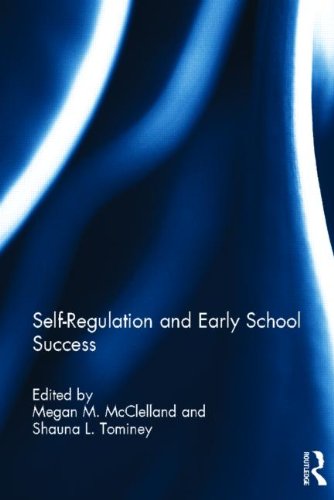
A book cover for Self-Regulation and Early School Success; Medical Books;